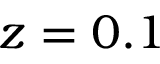
z = 0 . 1